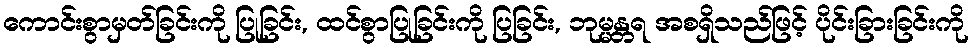
ကောင်းစွာမှတ်ခြင်းကို ပြုခြင်း, ထင်စွာပြုခြင်းကို ပြခြင်း, ဘုမ္မန္တရ အစရှိသည်ဖြင့် ပိုင်းခြားခြင်းကို